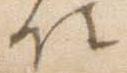
仕